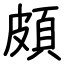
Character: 頗